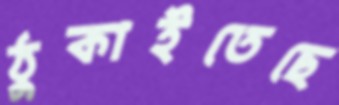
ঠুকাইতেছে